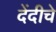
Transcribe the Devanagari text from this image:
देंदीचे